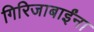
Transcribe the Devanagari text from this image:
गिरिजाबाईंना